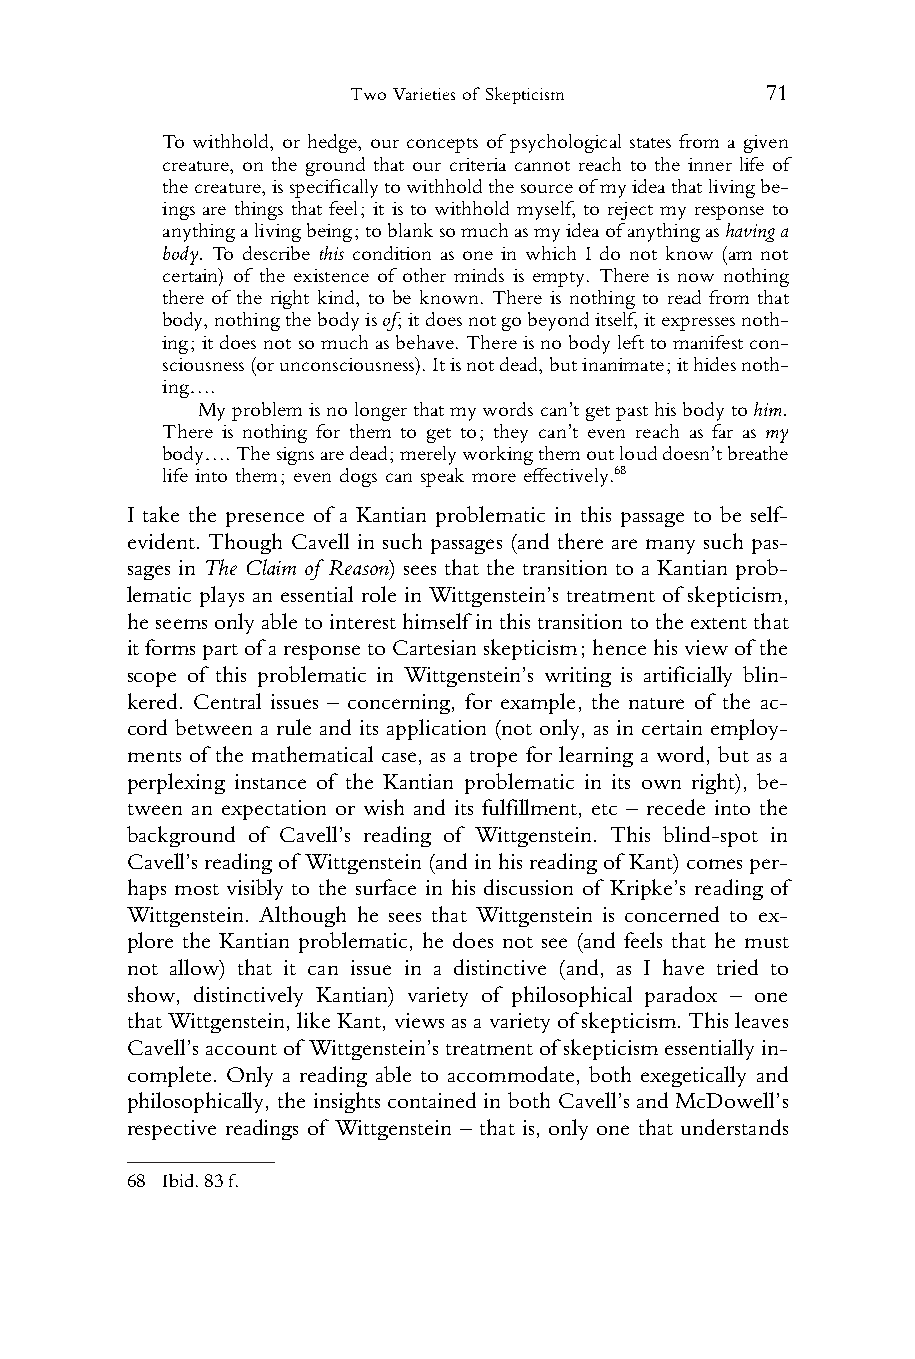
Two Varieties of Skepticism 71
 1    To withhold, or hedge, our concepts of psychological states from a given
 creature, on the ground that our criteria cannot reach to the inner life of
 2
 thecreature,isspecificallytowithholdthesourceofmyideathatlivingbe-
 3
 ings are things that feel; it is to withhold myself, to reject my response to
 4    anythingalivingbeing;toblanksomuchasmyideaofanythingashavinga
 5    body. To describe this condition as one in which I do not know (am not
 6    certain) of the existence of other minds is empty. There is now nothing
 there of the right kind, to be known. There is nothing to read from that
 7
 body,nothingthebodyisof;itdoesnotgobeyonditself,itexpressesnoth-
 8
 ing;itdoesnotsomuchasbehave.Thereisnobodylefttomanifestcon-
 9    sciousness(orunconsciousness).Itisnotdead,butinanimate;ithidesnoth-
 10    ing….
 11      Myproblemisnolongerthatmywordscan’tgetpasthisbodytohim.
 There is nothing for them to get to; they can’t even reach as far as my
 12
 body….Thesignsaredead;merelyworkingthemoutlouddoesn’tbreathe
 13
 life into them; even dogs can speak more effectively.68
 14
 15 I take the presence of a Kantian problematic in this passage to be self-
 16 evident. Though Cavell in such passages (and there are many such pas-
 17 sages in The Claim of Reason) sees that the transition to a Kantian prob-
 18 lematic plays an essential role in Wittgenstein’s treatment of skepticism,
 19 heseemsonlyabletointeresthimself inthistransition totheextentthat
 20 itformspartofaresponsetoCartesianskepticism;hencehisviewof the
 21 scope of this problematic in Wittgenstein’s writing is artificially blin-
 22 kered. Central issues – concerning, for example, the nature of the ac-
 23 cord between a rule and its application (not only, as in certain employ-
 24 ments of the mathematical case, as a trope for learning a word, but as a
 25 perplexing instance of the Kantian problematic in its own right), be-
 26 tween an expectation or wish and its fulfillment, etc – recede into the
 27 background of Cavell’s reading of Wittgenstein. This blind-spot in
 28 Cavell’sreadingof Wittgenstein(andinhisreadingof Kant)comesper-
 29 haps most visibly to the surface in his discussion of Kripke’s reading of
 30 Wittgenstein. Although he sees that Wittgenstein is concerned to ex-
 31 plore the Kantian problematic, he does not see (and feels that he must
 32 not allow) that it can issue in a distinctive (and, as I have tried to
 33 show, distinctively Kantian) variety of philosophical paradox – one
 34 thatWittgenstein,likeKant,viewsasavarietyofskepticism.Thisleaves
 35 Cavell’saccountof Wittgenstein’streatmentofskepticismessentiallyin-
 36 complete. Only a reading able to accommodate, both exegetically and
 37 philosophically, the insights contained in both Cavell’s and McDowell’s
 38 respective readings of Wittgenstein – that is, only one that understands
 39
 40 68 Ibid.83f.